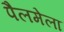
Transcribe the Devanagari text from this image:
पैलमेला